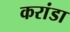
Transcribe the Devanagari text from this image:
करांडा